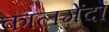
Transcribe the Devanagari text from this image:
कालगेंदों